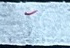
-